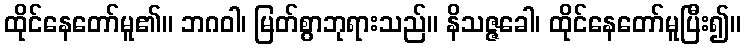
ထိုင်နေတော်မူ၏။ ဘဂဝါ၊ မြတ်စွာဘုရားသည်။ နိသဇ္ဇခေါ၊ ထိုင်နေတော်မူပြီး၍။